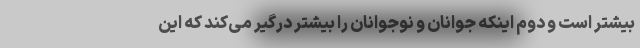
بیشتر است و دوم اینکه جوانان و نوجوانان را بیشتر درگیر می‌کند که این